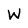
Character: W